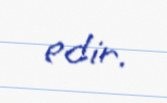
edir.